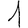
Digit: 1